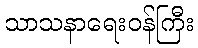
သာသနာရေးဝန်ကြီး